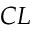
C L